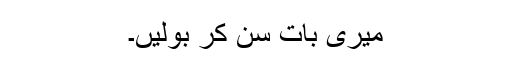
میری بات سن کر بولیں۔